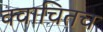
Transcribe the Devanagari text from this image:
क्वाचितच